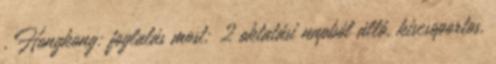
, Hongkong: foglalás most; 2 oktatási napból álló, kiscsoportos,